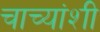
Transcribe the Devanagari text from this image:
चाच्यांशी